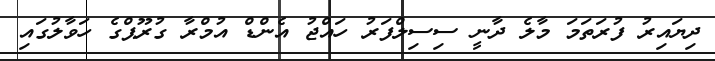
ދިޔައިރު ފުރަތަމަ މާލެ ދާނީ ސިސިލްފަރު ހައްޖު އެންޑް އުމްރާ ގުރޫޕްގެ ހަވާލުގައި